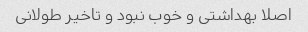
اصلا بهداشتی و خوب نبود و تاخیر طولانی